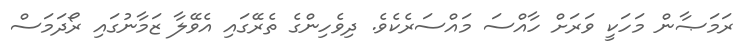
ރަމަޞާން މަހަކީ ވަރަށް ހާއްސަ މައްސަރެކެވެ. ދިވެހިންގެ ތެރޭގައި އެވޭލާ ޒަމާނުގައި ރޯދަމަސް